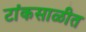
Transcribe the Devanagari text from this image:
टांकसाळीत